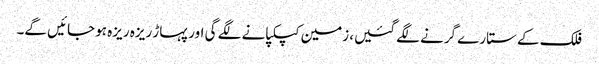
فلک کے ستارے گرنے لگے گئیں، زمین کپکپانے لگے گی اور پہاڑ ریزہ ریزہ ہو جائیں گے۔